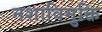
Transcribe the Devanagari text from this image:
नशाविमुक्ति